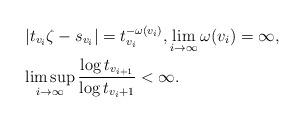
LaTeX: \begin{align*}&\left\vert t_{v_{i}}\zeta-s_{v_{i}}\right\vert= t_{v_{i}}^{-\omega(v_{i})}, \lim_{i\to\infty} \omega(v_{i})=\infty, \\&\limsup_{i\to\infty} \frac{\log t_{v_{i+1}}}{\log t_{v_{i}+1}}<\infty. \end{align*}